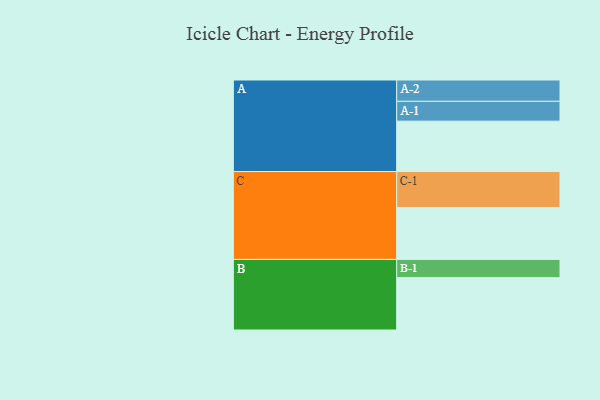
{"axis": {"x": "Segment", "y": "Value"}, "legend": ["", "A", "B", "C"], "data": [{"x": "A", "y": 404, "type": ""}, {"x": "B", "y": 420, "type": ""}, {"x": "C", "y": 416, "type": ""}, {"x": "A-1", "y": 159, "type": "A"}, {"x": "A-2", "y": 171, "type": "A"}, {"x": "B-1", "y": 146, "type": "B"}, {"x": "C-1", "y": 289, "type": "C"}]}